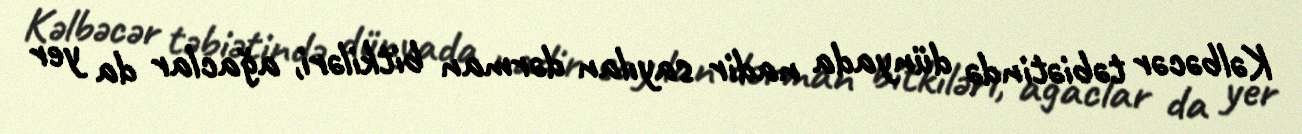
Kəlbəcər təbiətində dünyada nadir sayılan dərman bitkiləri, ağaclar da yer